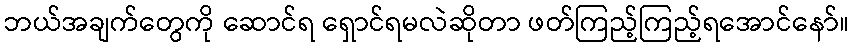
ဘယ်အချက်တွေကို ဆောင်ရ ရှောင်ရမလဲဆိုတာ ဖတ်ကြည့်ကြည့်ရအောင်နော်။